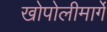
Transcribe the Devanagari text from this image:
खोपोलीमार्गे